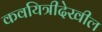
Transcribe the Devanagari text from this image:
कवयित्रीदेखील